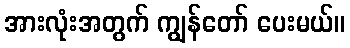
အားလုံးအတွက် ကျွန်တော် ပေးမယ်။